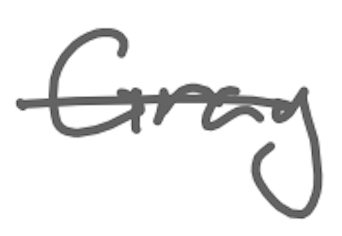
Text: Gray
Cross-out: single-line
Writing tool: digital_gray